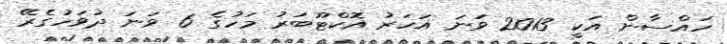
ހައްސާން އަކީ 2013 ވަނަ އަހަރު އޮކްޓޫބަރު މަހުގެ 6 ވަނަ ދުވަހުގެރޭ